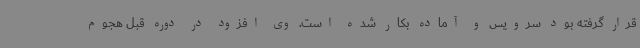
قرار گرفته بود سرویس و آماده بکار شده است. وی افزود در دوره قبل هجوم